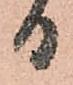
日